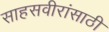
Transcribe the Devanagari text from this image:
साहसवीरांसाठी